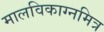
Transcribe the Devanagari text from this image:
मालविकाग्नमित्र